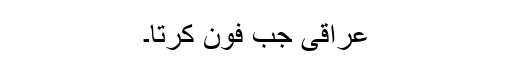
عراقی جب فون کرتا۔